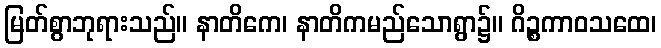
မြတ်စွာဘုရားသည်။ နာတိကေ၊ နာတိကမည်သောရွာ၌။ ဂိဉ္စကာဝသထေ၊